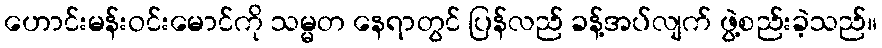
ဟောင်းမန်းဝင်းမောင်ကို သမ္မတ နေရာတွင် ပြန်လည် ခန့်အပ်လျက် ဖွဲ့စည်းခဲ့သည်။